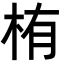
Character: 栯